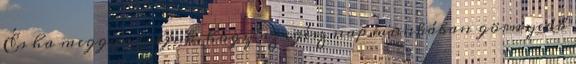
És ha meggondoljuk, hogy az egész nap munkában görnyedő